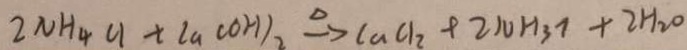
2 N H _ { 4 } C l + L a ( O H ) _ { 2 } \xrightarrow { \Delta } C a C l _ { 2 } + 2 1 0 H _ { 3 7 } + 2 H _ { 2 0 }